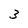
Character: 3